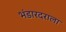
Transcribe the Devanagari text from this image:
भंडारदराला